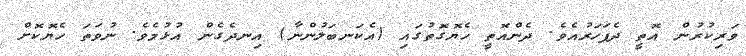
ވަރިކުރުން އޮތީ ދެފަހަރުއެވެ. ދެންއޮތީ ހެޔޮގޮތުގައި (އެކަނބަލުންނާ) އިނދެގެން އުޅުމެވެ. ނުވަތަ ހެޔޮކޮށް